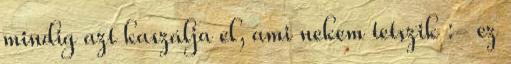
mindig azt kaszálja el, ami nekem tetszik :- ez